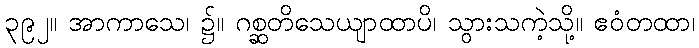
၃၉၂။ အာကာသေ၊ ၌။ ဂစ္ဆတိသေယျာထာပိ၊ သွားသကဲ့သို့။ ဧဝံတထာ၊